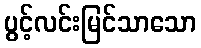
ပွင့်လင်းမြင်သာသော